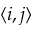
\langle i , j \rangle